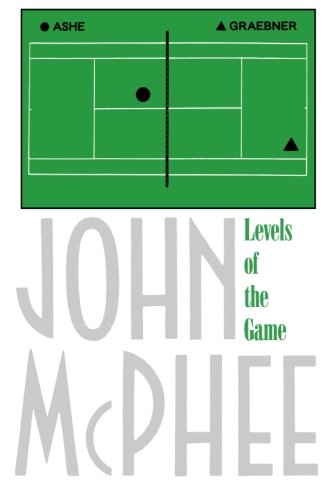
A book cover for Levels of the Game; John McPhee; Sports & Outdoors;